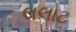
લલાટ